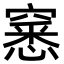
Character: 窸